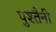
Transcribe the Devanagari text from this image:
पुश्‍तैनी